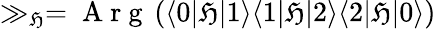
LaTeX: \gg_{\mathfrak{H}}=\mathrm{{~A~r~g~}}\left(\langle0\lvert\mathfrak{H}\lvert1\rangle\langle1\lvert\mathfrak{H}\lvert2\rangle\langle2\lvert\mathfrak{H}\lvert0\rangle\right)